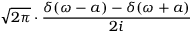
{ \sqrt { 2 \pi } } \cdot { \frac { \delta ( \omega - a ) - \delta ( \omega + a ) } { 2 i } }